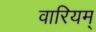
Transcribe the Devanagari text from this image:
वारियम्